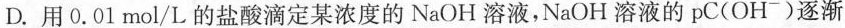
D.用0.01mol/L的盐酸滴定某浓度的NaOH溶液，NaOH溶液的pC(OH^{-})逐渐